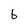
Character: 6